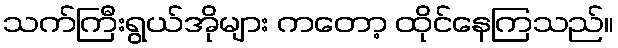
သက်ကြီးရွယ်အိုများ ကတော့ ထိုင်နေကြသည်။